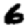
Digit: 6